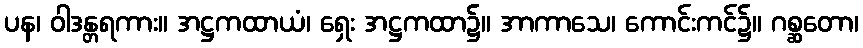
ပန၊ ဝါဒန္တရကား။ အဋ္ဌကထာယံ၊ ရှေး အဋ္ဌကထာ၌။ အာကာသေ၊ ကောင်းကင်၌။ ဂစ္ဆတော၊